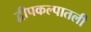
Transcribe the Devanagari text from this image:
द्वीपकल्पातली